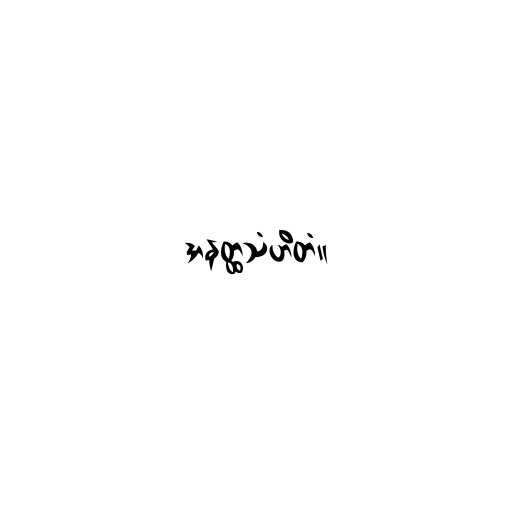
အနတ္ထသံဟိတံ။